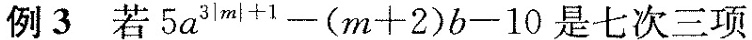
例3 若$$5 a ^ { 3 | m | + 1 } - ( m + 2 ) b - 1 0$$是七次三项